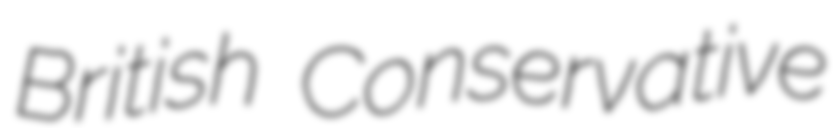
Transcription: British Conservative